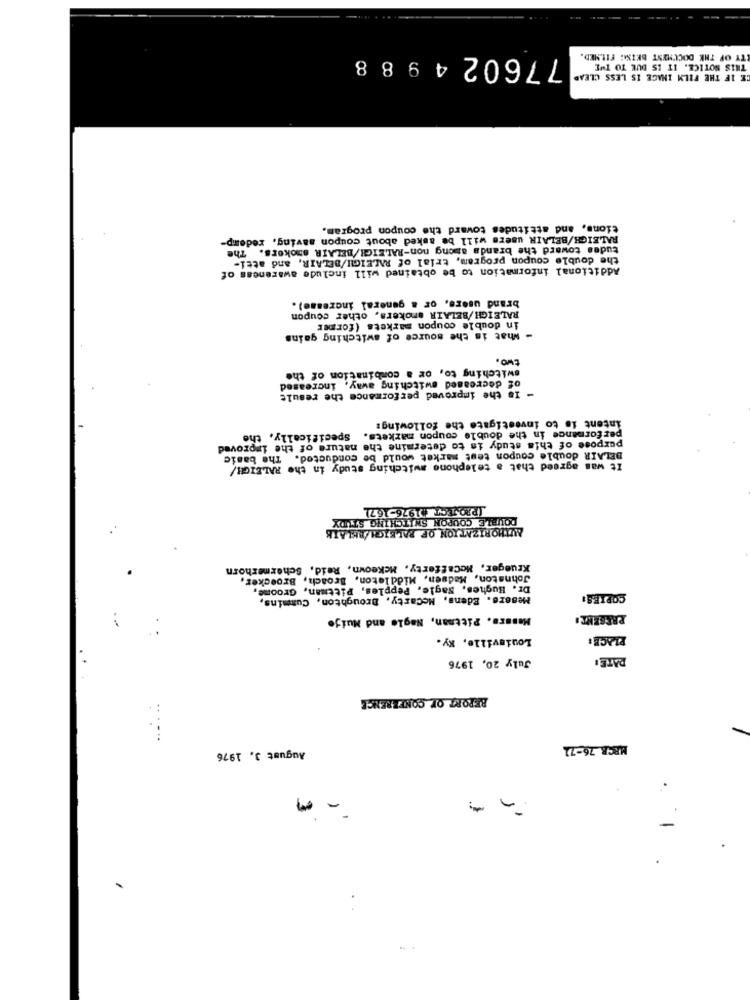
77602 4 9 8 8
ITY OF THE DOCUMENT BKISE FILMED.
THIS NOTICE. IT IS DUE TO THE
E IF THE FILM IMAGE IS LESS CLEAR
tions, and attitudes toward the coupon program.
RALEIGH/BELAIR users will be asked about coupon saving, redemp-
tudes toward the brands among non-RALEIGH/BELAIR smokers. The
the double coupon program, trial of RALEIGH/BELAIR, and atti-
Additional information to be obtained will include awareness of
brand users, or a general increase).
RALEIGH/BELAIR smokers, other coupon
in double coupon markets (former
- What is the source of switching gains
two.
switching to, or a combination of the
of decreased switching away, increased
IS the improved performance the result
intent is to investigate the following:
Specifically, the
performance in the double coupon markets.
purpose of this study is to determine the nature of the improved
BELAIR double coupon test market would be conducted. The basic
It was agreed that a telephone switching study in the RALEIGH/
[PROJECT 01976-167)
DOUBLE COUPON SNITCHING STUDY
AUTHORIZATION OF RALEIGH/RELATE
Krueger, Mccafferty, Mckeown, Reid, Schermerhorn
Johnston, Madsen, Middleton, Broach, Broecker,
Dr. Hughes, Nagle, Pepples, Pittman, Groome,
Mesers. Edens, Mccarty, Broughton, Cummins,
COPIES:
Messrs. Pittman, Nagle and Muije
PRESENT
Louisville, Ky.
PLACE:
July 20, 1976
DATE:
REPORT OF CONFERENCE
MRCR 76-71
August 3, 1976